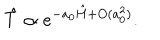
\hat { T } \propto e ^ { - a _ { 0 } \hat { H } + O ( a _ { 0 } ^ { 2 } ) } .